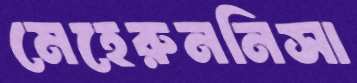
মেহেরুননিসা